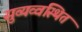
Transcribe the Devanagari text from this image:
सुव्यव्वस्थित